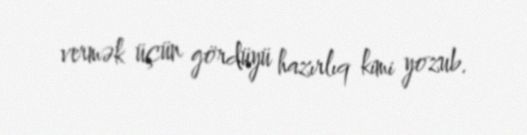
vermək üçün gördüyü hazırlıq kimi yozub.